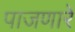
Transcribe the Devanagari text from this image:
पाजणारे